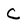
Character: C